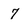
Character: 7